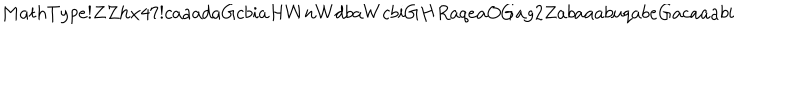
LaTeX: M a t h T y p e ! Z Z h x 4 7 ! c a a a d a G c b i a H W n W d b a W c b i G H R a q e a O G a g 2 Z a b a a a b u q a b e G a c a a a b i